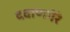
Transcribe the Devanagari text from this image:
दवाणगेरे